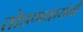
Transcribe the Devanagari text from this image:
तोडणकरांनी